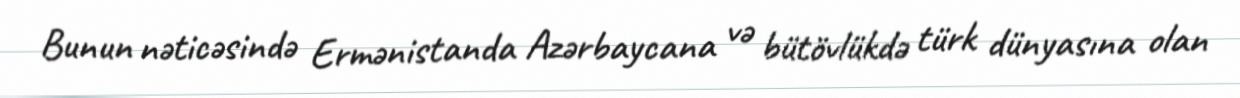
Bunun nəticəsində Ermənistanda Azərbaycana və bütövlükdə türk dünyasına olan